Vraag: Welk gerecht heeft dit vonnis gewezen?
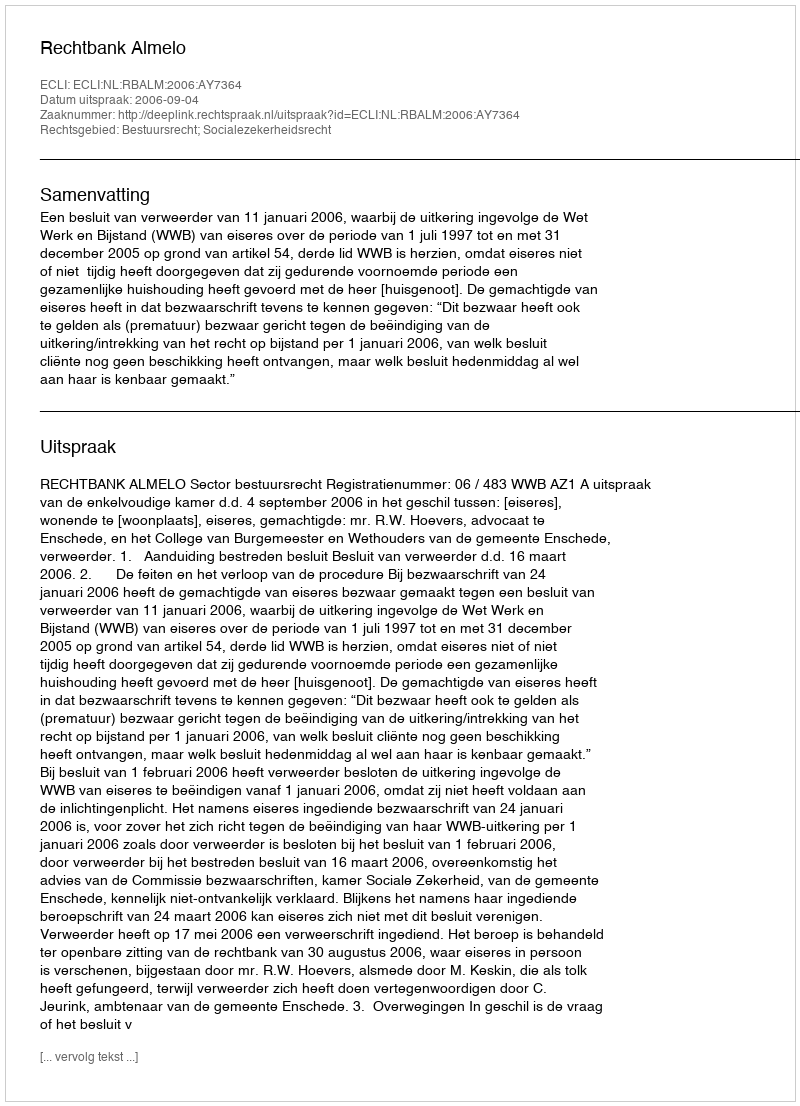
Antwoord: Rechtbank Almelo